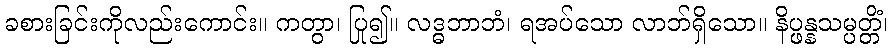
ခစားခြင်းကိုလည်းကောင်း။ ကတွာ၊ ပြု၍။ လဒ္ဓဘာဘံ၊ ရအပ်သော လာဘ်ရှိသော။ နိပ္ဖန္နသမ္ပတ္တိံ၊